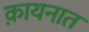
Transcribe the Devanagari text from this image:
क़ायनात